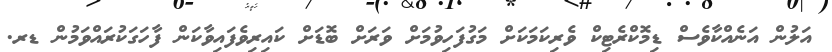
އަލުން އަނެއްކާވެސް ޑިމޮކްރެޓިކް ވެރިކަމަކަށް މަގުފަހިވުމަށް ވަރަށް ބޮޑަށް ކައިރިވެފައިވާކަން ފާހަގަކުރައްވަމުން ޑރ.